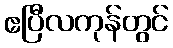
ဧပြီလကုန်တွင်